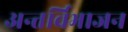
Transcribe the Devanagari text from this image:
अन्तर्विभाजन